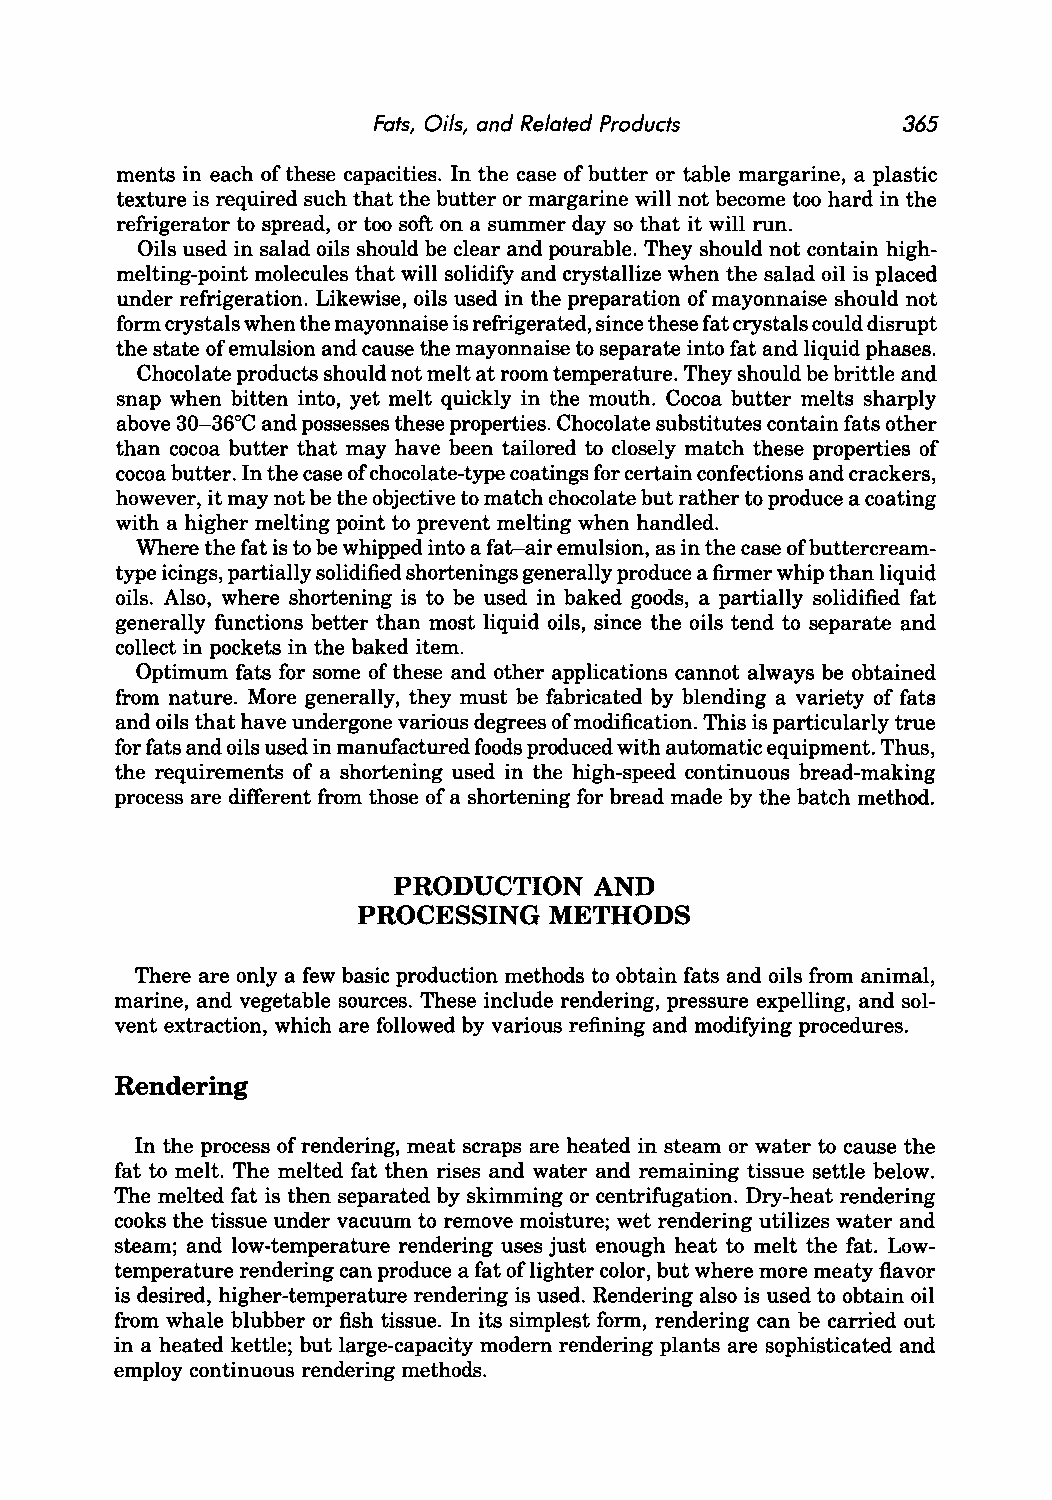
Fats, Oils, and Related Products   365
 ments in each of these capacities. In the case of butter or table margarine, a plastic
 texture is required such that the butter or margarine will not become too hard in the
 refrigerator to spread, or too soft on a summer day so that it will run.
 Oils used in salad oils should be clear and pourable. They should not contain high
 melting-point molecules that will solidify and crystallize when the salad oil is placed
 under refrigeration. Likewise, oils used in the preparation of mayonnaise should not
 form crystals when the mayonnaise is refrigerated, since these fat crystals could disrupt
 the state of emulsion and cause the mayonnaise to separate into fat and liquid phases.
 Chocolate products should not melt at room temperature. They should be brittle and
 snap when bitten into, yet melt quickly in the mouth. Cocoa butter melts sharply
 above 30-36°C and possesses these properties. Chocolate substitutes contain fats other
 than cocoa butter that may have been tailored to closely match these properties of
 cocoa butter. In the case of chocolate-type coatings for certain confections and crackers,
 however, it may not be the objective to match chocolate but rather to produce a coating
 with a higher melting point to prevent melting when handled.
 Where the fat is to be whipped into a fat-air emulsion, as in the case of butterc ream
 type icings, partially solidified shortenings generally produce a firmer whip than liquid
 oils. Also, where shortening is to be used in baked goods, a partially solidified fat
 generally functions better than most liquid oils, since the oils tend to separate and
 collect in pockets in the baked item.
 Optimum fats for some of these and other applications cannot always be obtained
 from nature. More generally, they must be fabricated by blending a variety of fats
 and oils that have undergone various degrees of modification. This is particularly true
 for fats and oils used in manufactured foods produced with automatic equipment. Thus,
 the requirements of a shortening used in the high-speed continuous bread-making
 process are different from those of a shortening for bread made by the batch method.
 PRODUCTION   AND
 PROCESSING  METHODS
 There are only a few basic production methods to obtain fats and oils from animal,
 marine, and vegetable sources. These include rendering, pressure expelling, and sol
 vent extraction, which are followed by various refining and modifying procedures.
 Rendering
 In the process of rendering, meat scraps are heated in steam or water to cause the
 fat to melt. The melted fat then rises and water and remaining tissue settle below.
 The melted fat is then separated by skimming or centrifugation. Dry-heat rendering
 cooks the tissue under vacuum to remove moisture; wet rendering utilizes water and
 steam; and low-temperature rendering uses just enough heat to melt the fat. Low
 temperature rendering can produce a fat of lighter color, but where more meaty flavor
 is desired, higher-temperature rendering is used. Rendering also is used to obtain oil
 from whale blubber or fish tissue. In its simplest form, rendering can be carried out
 in a heated kettle; but large-capacity modem rendering plants are sophisticated and
 employ continuous rendering methods.